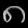
Digit: ၈